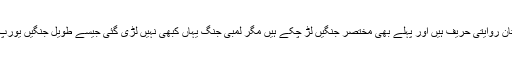
ہندوستان اور پاکستان روایتی حریف ہیں اور پہلے بھی مختصر جنگیں لڑ چکے ہیں مگر لمبی جنگ یہاں کبھی نہیں لڑی گئی جیسے طویل جنگیں یورپ میں ہو چکی ہیں ۔